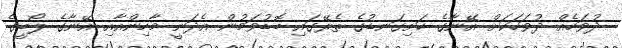
ދުވަހެއް ދުވަހަކަށް އޭނާގެ ހަށިގަނޑުގެ ތެރޭގައި ބޮޑުވަމުން އެދަނީ މާހިންއާއި އޭނާގެ ލޯބީގެ